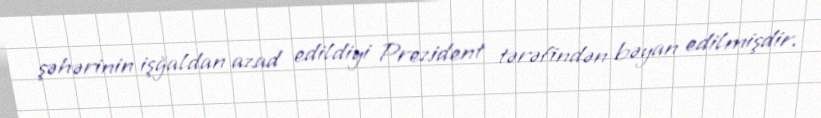
şəhərinin işğaldan azad edildiyi Prezident tərəfindən bəyan edilmişdir.